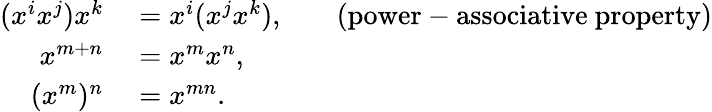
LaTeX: \begin{array}{rlrl}{(x^{i}x^{j})x^{k}}&{{}=x^{i}(x^{j}x^{k}),}&{}&{{}{\mathrm{(power-associative~property)}}}\\ {x^{m+n}}&{{}=x^{m}x^{n},}\\ {(x^{m})^{n}}&{{}=x^{mn}.}\end{array}